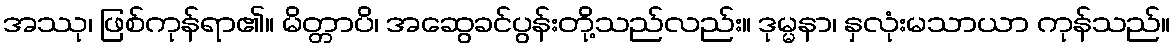
အဿု၊ ဖြစ်ကုန်ရာ၏။ မိတ္တာပိ၊ အဆွေခင်ပွန်းတို့သည်လည်း။ ဒုမ္မနာ၊ နှလုံးမသာယာ ကုန်သည်။